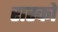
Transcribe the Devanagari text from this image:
रास्को